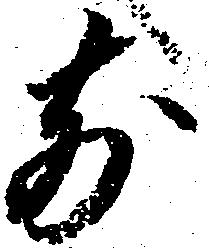
前